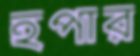
হপার